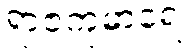
ရာဇကုမာရေ